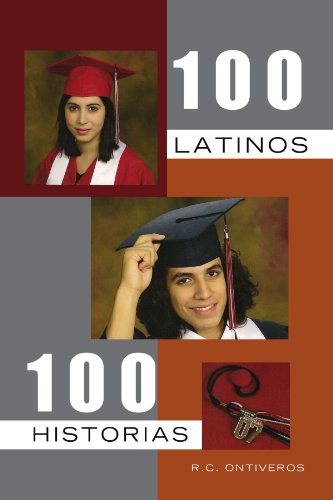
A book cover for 100 LATINOS 100 HISTORIAS (Spanish Edition); R C. ONTIVEROS; Biographies & Memoirs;